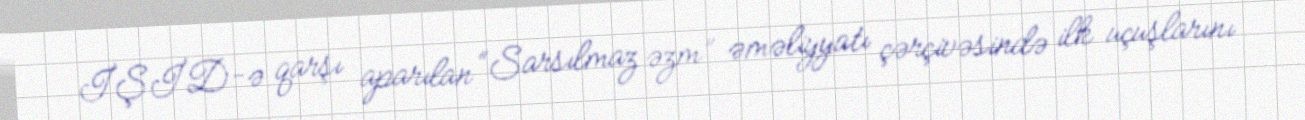
İŞİD-ə qarşı aparılan “Sarsılmaz əzm” əməliyyatı çərçivəsində ilk uçuşlarını